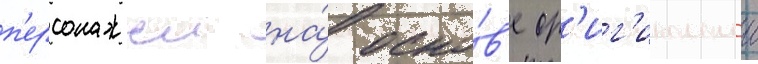
п'ерсонажеи на́ осно́в'е ор'иг'инальнои